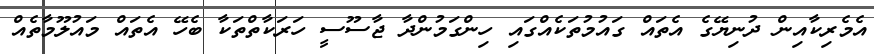
އެމެރިކާއިން ދުނިޔޭގެ އެތައް ގައުމުތަކެއްގައި ހިންގަމުންދާ ޖާސޫސީ ހަރަކާތްތަކާ ބެހޭ އެތައް މައުލޫމާތެއް